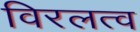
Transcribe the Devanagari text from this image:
विरलत्व